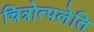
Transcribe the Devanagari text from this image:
चित्रोत्पलेति